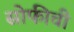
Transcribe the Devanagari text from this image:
सोफीची